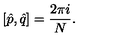
[ \hat { p } , \hat { q } ] = \frac { 2 \pi i } { N } .